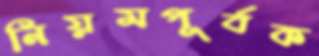
নিয়মপূর্বক